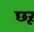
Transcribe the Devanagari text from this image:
छरू